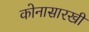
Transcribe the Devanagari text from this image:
कोनासारखी